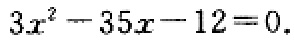
\(3x^{2}-35x - 12 = 0\)